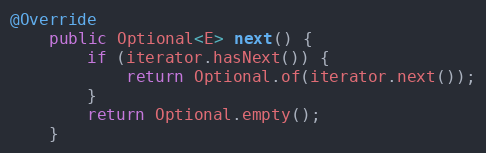
Language: Java
@Override
    public Optional<E> next() {
        if (iterator.hasNext()) {
            return Optional.of(iterator.next());
        }
        return Optional.empty();
    }